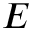
E